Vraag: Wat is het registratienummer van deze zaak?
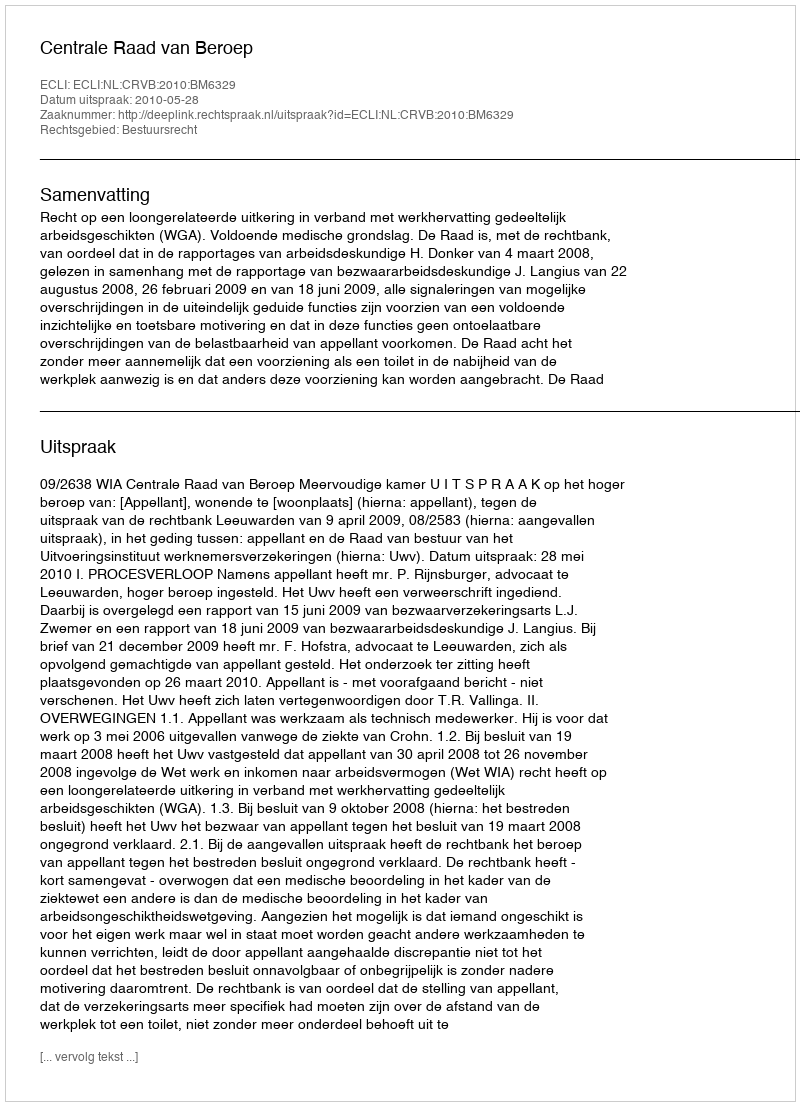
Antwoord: http://deeplink.rechtspraak.nl/uitspraak?id=ECLI:NL:CRVB:2010:BM6329